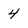
Character: 4